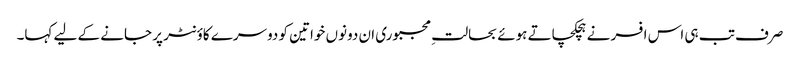
صرف تب ہی اس افسر نے ہچکچاتے ہوئے بحالتِ مجبوری ان دونوں خواتین کو دوسرے کاؤنٹر پر جانے کے لیے کہا۔